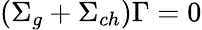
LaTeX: \left(\Sigma_{g}+\Sigma_{ch}\right)\Gamma=0